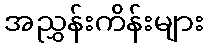
အညွှန်းကိန်းများ